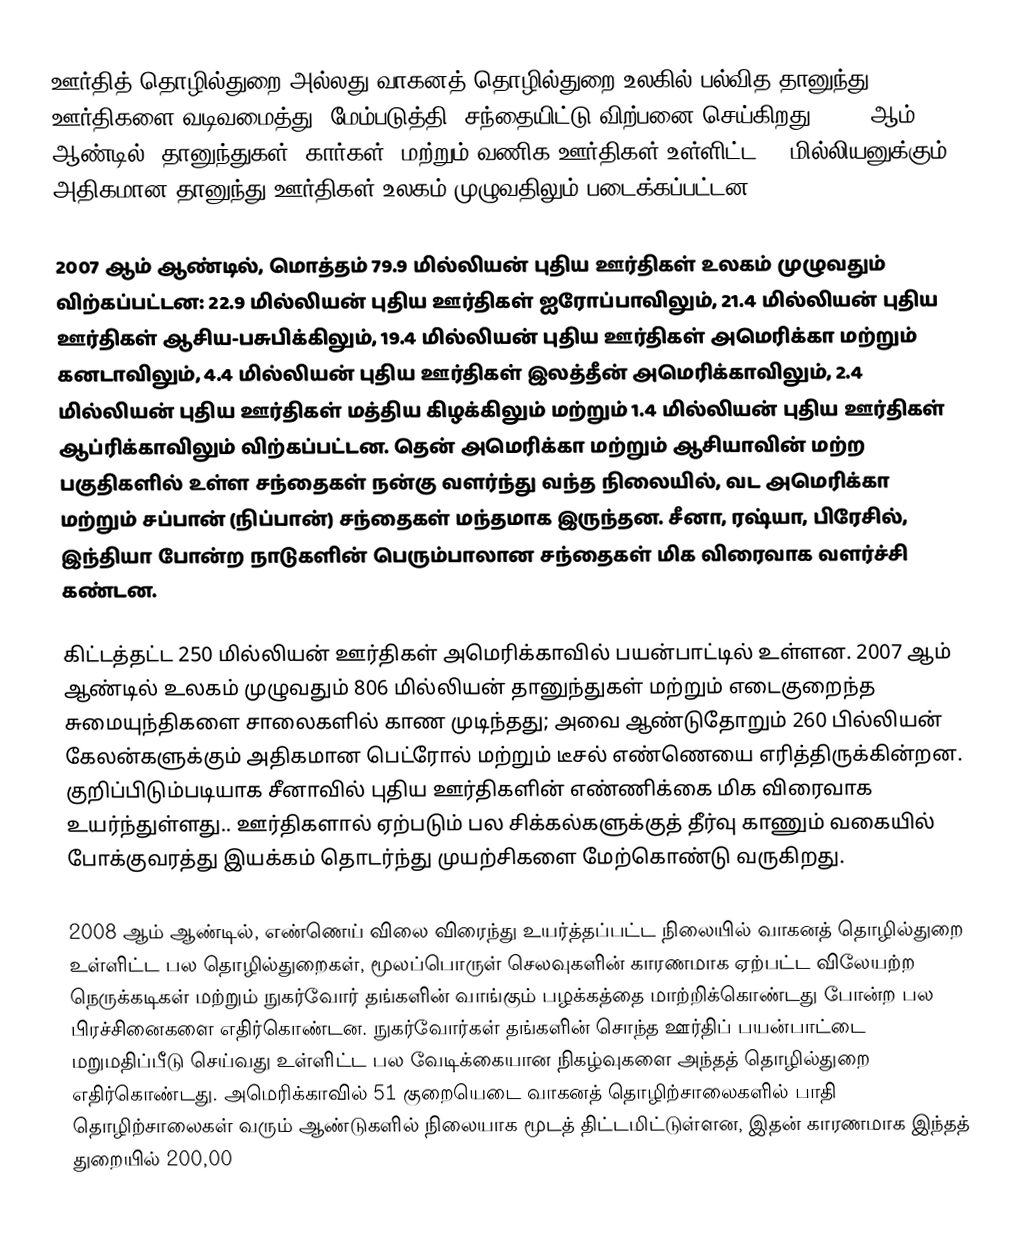
ஊர்தித் தொழில்துறை அல்லது வாகனத் தொழில்துறை உலகில் பல்வித தானுந்து ஊர்திகளை வடிவமைத்து, மேம்படுத்தி, சந்தையிட்டு விற்பனை செய்கிறது. 2008 ஆம் ஆண்டில், தானுந்துகள் (கார்கள்) மற்றும் வணிக ஊர்திகள் உள்ளிட்ட 70 மில்லியனுக்கும் அதிகமான தானுந்து ஊர்திகள் உலகம் முழுவதிலும் படைக்கப்பட்டன.

2007 ஆம் ஆண்டில், மொத்தம் 79.9 மில்லியன் புதிய ஊர்திகள் உலகம் முழுவதும் விற்கப்பட்டன: 22.9 மில்லியன் புதிய ஊர்திகள் ஐரோப்பாவிலும், 21.4 மில்லியன் புதிய ஊர்திகள் ஆசிய-பசுபிக்கிலும், 19.4 மில்லியன் புதிய ஊர்திகள் அமெரிக்கா மற்றும் கனடாவிலும், 4.4 மில்லியன் புதிய ஊர்திகள் இலத்தீன் அமெரிக்காவிலும், 2.4 மில்லியன் புதிய ஊர்திகள் மத்திய கிழக்கிலும் மற்றும் 1.4 மில்லியன் புதிய ஊர்திகள் ஆப்ரிக்காவிலும் விற்கப்பட்டன. தென் அமெரிக்கா மற்றும் ஆசியாவின் மற்ற பகுதிகளில் உள்ள சந்தைகள் நன்கு வளர்ந்து வந்த நிலையில், வட அமெரிக்கா மற்றும் சப்பான் (நிப்பான்) சந்தைகள் மந்தமாக இருந்தன. சீனா, ரஷ்யா, பிரேசில், இந்தியா போன்ற நாடுகளின் பெரும்பாலான சந்தைகள் மிக விரைவாக வளர்ச்சி கண்டன.

கிட்டத்தட்ட 250 மில்லியன் ஊர்திகள் அமெரிக்காவில் பயன்பாட்டில் உள்ளன. 2007 ஆம் ஆண்டில் உலகம் முழுவதும் 806 மில்லியன் தானுந்துகள் மற்றும் எடைகுறைந்த சுமையுந்திகளை சாலைகளில் காண முடிந்தது; அவை ஆண்டுதோறும் 260 பில்லியன் கேலன்களுக்கும் அதிகமான பெட்ரோல் மற்றும் டீசல் எண்ணெயை எரித்திருக்கின்றன. குறிப்பிடும்படியாக சீனாவில் புதிய ஊர்திகளின் எண்ணிக்கை மிக விரைவாக உயர்ந்துள்ளது.. ஊர்திகளால் ஏற்படும் பல சிக்கல்களுக்குத் தீர்வு காணும் வகையில் போக்குவரத்து இயக்கம் தொடர்ந்து முயற்சிகளை மேற்கொண்டு வருகிறது.

2008 ஆம் ஆண்டில், எண்ணெய் விலை விரைந்து உயர்த்தப்பட்ட நிலையில் வாகனத் தொழில்துறை உள்ளிட்ட பல தொழில்துறைகள், மூலப்பொருள் செலவுகளின் காரணமாக ஏற்பட்ட விலேயற்ற நெருக்கடிகள் மற்றும் நுகர்வோர் தங்களின் வாங்கும் பழக்கத்தை மாற்றிக்கொண்டது போன்ற பல பிரச்சினைகளை எதிர்கொண்டன. நுகர்வோர்கள் தங்களின் சொந்த ஊர்திப் பயன்பாட்டை மறுமதிப்பீடு செய்வது உள்ளிட்ட பல வேடிக்கையான  நிகழ்வுகளை அந்தத் தொழில்துறை எதிர்கொண்டது. அமெரிக்காவில் 51 குறையெடை வாகனத் தொழிற்சாலைகளில் பாதி தொழிற்சாலைகள் வரும் ஆண்டுகளில் நிலையாக மூடத் திட்டமிட்டுள்ளன, இதன் காரணமாக இந்தத் துறையில் 200,00